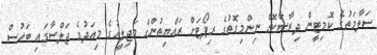
ސަލާމަތުގެ ކޮމިޓީން ދިރާސާކޮށް ނިންމިގޮތުގެ ރިޕޯޓަށް ރައްޔިތުންގެ މަޖިލީހުގެ މިއަދުގެ ޖަލްސާގައި ބަހުސް